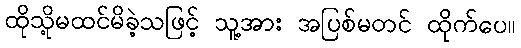
ထိုသို့မထင်မိခဲ့သဖြင့် သူ့အား အပြစ်မတင် ထိုက်ပေ။